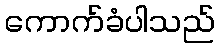
ကောက်ခံပါသည်